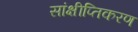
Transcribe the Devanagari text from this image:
सांक्षीप्तिकरण